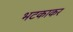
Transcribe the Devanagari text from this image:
भटकाकर